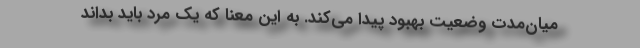
میان‌مدت وضعیت بهبود پیدا می‌کند. به این معنا که یک مرد باید بداند